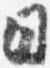
日